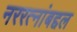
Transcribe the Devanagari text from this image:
नररत्नांबद्दल